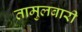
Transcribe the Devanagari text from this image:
तामुलबारी